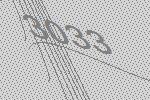
3033